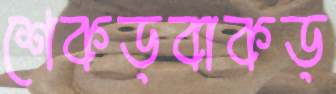
শেকড়বাকড়